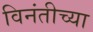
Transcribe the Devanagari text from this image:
विनंतीच्या